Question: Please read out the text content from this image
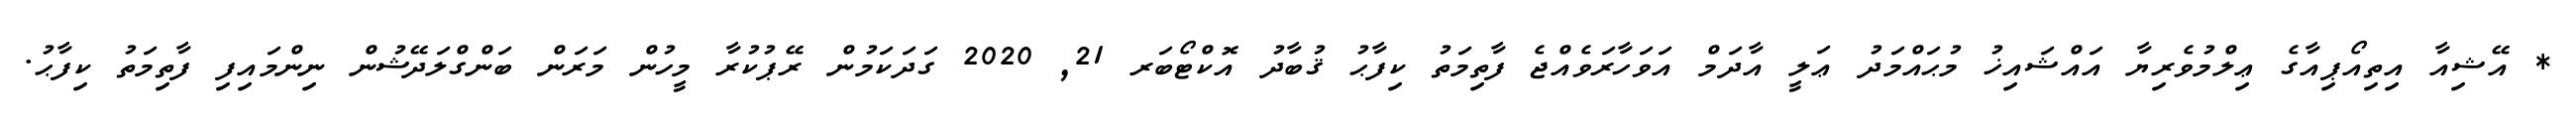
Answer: * އޭޝިއާ އިތިއޯޕިއާގެ ޢިލްމުވެރިޔާ އައްޝައިޚު މުޙައްމަދު ޢަލީ އާދަމް އަވަހާރަވެއްޖެ ފާތިމަތު ކިފާޙު ޤުބާދު އޮކްޓޯބަރ 21, 2020 ގަދަކަމުން ރޭޕުކުރާ މީހުން މަރަން ބަންގްލަދޭޝުން ނިންމައިފި ފާތިމަތު ކިފާޙު.